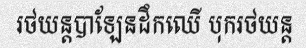
រថយន្តបាឡែនដឹកឈើ បុករថយន្ត